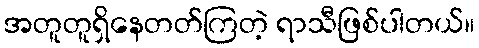
အတူတူရှိနေတတ်ကြတဲ့ ရာသီဖြစ်ပါတယ်။